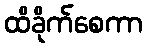
ထိခိုက်စေကာ